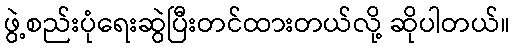
ဖွဲ့စည်းပုံရေးဆွဲပြီးတင်ထားတယ်လို့ ဆိုပါတယ်။